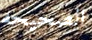
الصحيحه